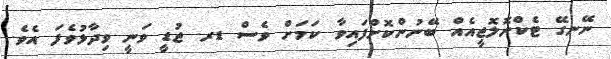
ނޭނގޭ ޓެކްނޮލޮޖީއެއް ބޭނުންކޮށްފައިވާ ކަމަށް ވެސް ޑރ. ޖުޑީ ވަނީ ވިދާޅުވެފަ އެވެ.